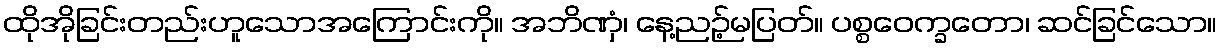
ထိုအိုခြင်းတည်းဟူသောအကြောင်းကို။ အဘိဏှံ၊ နေ့ညဉ့်မပြတ်။ ပစ္စဝေက္ခတော၊ ဆင်ခြင်သော။